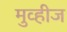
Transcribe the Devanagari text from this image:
मुव्हीज